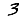
Digit: 3